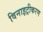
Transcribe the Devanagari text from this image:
विनाइट्रीकरण